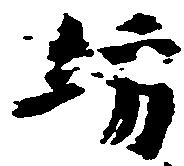
坊